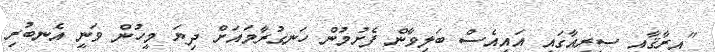
"އިރާޤާއި ސީރިއާގައި އައިއެސް ބަލިވާން ފެށުމުން ހަނގުރާމައަށް ދިޔަ މީހުން ވަނީ އެނބުރި